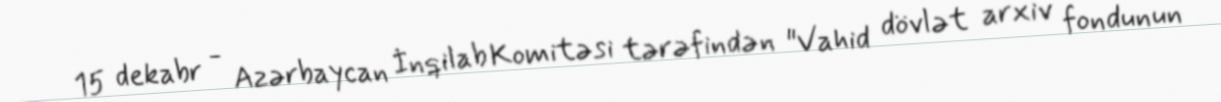
15 dekabr - Azərbaycan İnqilab Komitəsi tərəfindən "Vahid dövlət arxiv fondunun